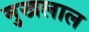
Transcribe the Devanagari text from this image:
मुखलाल